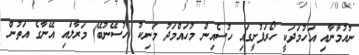
ނުއުމާނާއި އަހުމަދަކީ ހޯރަފުށީގައި ހުސެއިން މުހައްމަދު މަނިކު (ހުސޭނުބޭ) މަރާލައި އޭނާގެ އަތުން